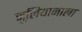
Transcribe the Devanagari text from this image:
जुलियानाला